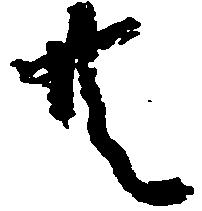
共